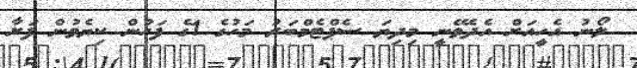
ލޯނު އެހީއަށް އެދެވޭނީ މިދިޔަ ސެޕްޓެމްބަރު މަހުގެ 1ގެ ފަހުން ކިޔެވުން ފަށާ